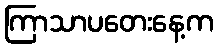
ကြာသာပတေးနေ့က